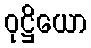
ဝုဋ္ဌိယော